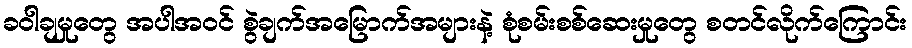
ခဝါချမှုတွေ အပါအဝင် စွဲချက်အမြောက်အများနဲ့ စုံစမ်းစစ်ဆေးမှုတွေ စတင်လိုက်ကြောင်း